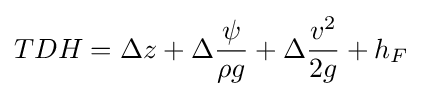
{TDH=\Delta z+\Delta {\frac {\psi }{\rho g}}+\Delta {\frac {v^{2}}{2g}}}+h_{F}